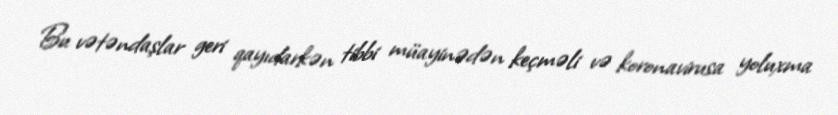
Bu vətəndaşlar geri qayıdarkən tibbi müayinədən keçməli və koronavirusa yoluxma